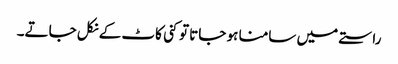
راستے میں سامنا ہو جاتا تو کنی کاٹ کے نکل جاتے۔